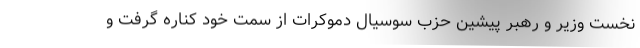
نخست وزیر و رهبر پیشین حزب سوسیال دموکرات از سمت خود کناره گرفت و